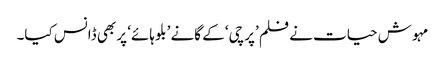
مہوش حیات نے فلم ’پرچی‘ کے گانے ’بلو ہائے‘ پر بھی ڈانس کیا۔